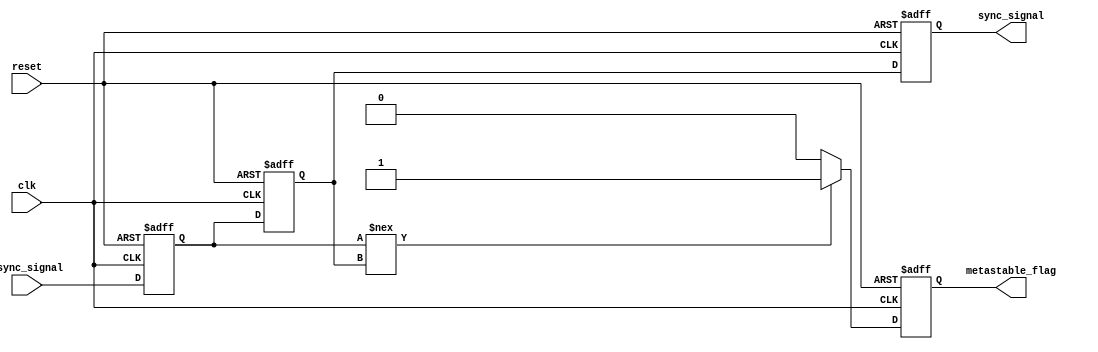
module async_sync_converter (
    input wire clk,                // Synchronous clock
    input wire async_signal,       // Asynchronous input signal
    input wire reset,              // Reset signal
    output reg sync_signal,        // Synchronized output signal
    output reg metastable_flag     // Flag indicating metastable state detection
);

    // Internal signals for the dual-flop synchronizer
    reg flop1, flop2;

    // Dual-flop synchronizer
    always @(posedge clk or posedge reset) begin
        if (reset) begin
            flop1 <= 1'b0;
            flop2 <= 1'b0;
            sync_signal <= 1'b0;
            metastable_flag <= 1'b0;
        end else begin
            flop1 <= async_signal;   // Sample the async signal
            flop2 <= flop1;          // Pass it to the second flop
            sync_signal <= flop2;    // Output the synchronized signal

            // Metastability detection (simple example)
            if (flop1 !== flop2) begin
                metastable_flag <= 1'b1;  // Indicate metastable condition
            end else begin
                metastable_flag <= 1'b0;   // No metastability detected
            end
        end
    end

endmodule